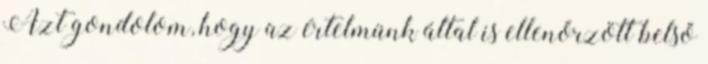
Azt gondolom, hogy az értelmünk által is ellenőrzött belső